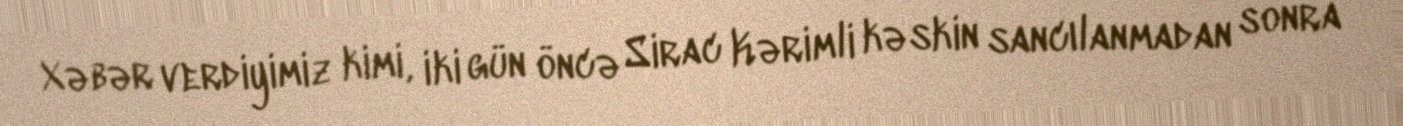
Xəbər verdiyimiz kimi, iki gün öncə Sirac Kərimli kəskin sancılanmadan sonra